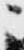
ニ